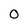
Character: 0